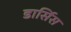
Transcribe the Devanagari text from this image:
डार्सिस